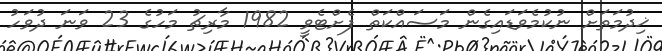
ޚިދުމަތަށް ނުކުމެވަޑައިގެން މަސައްކަތް ފެށްޓެވީ 1982 މާރިޗު މަހުގެ 23 ވަނަ ދުވަހު